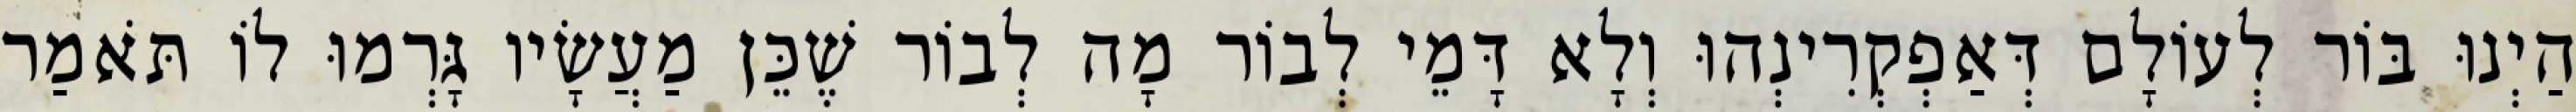
הַיְנוּ בּוֹר לְעוֹלָם דְּאַפְקְרִינְהוּ וְלָא דָּמֵי לְבוֹר מָה לְבוֹר שֶׁכֵּן מַעֲשָׂיו גָּרְמוּ לוֹ תֹּאמַר